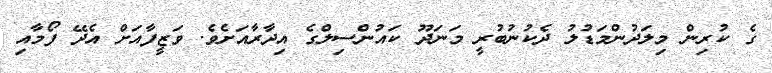
ގެ ކުރިން މިލަދުންމަޑުލު ދެކުނުބުރީ މަނަދޫ ކައުންސިލްގެ އިދާރާއަށެވެ. ވަޒީފާއަށް އެދޭ ފޯމާއި